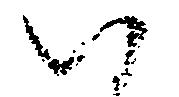
ハ